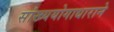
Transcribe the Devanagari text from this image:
सांख्ययोगाधाराने